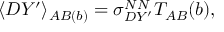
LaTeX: \langle D Y ^ { \prime } \rangle _ { A B ( b ) } = \sigma _ { D Y ^ { \prime } } ^ { N N } T _ { A B } ( b ) ,